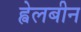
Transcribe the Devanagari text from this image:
ह्वेलबीन